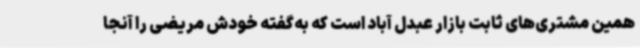
همین مشتری‌های ثابت بازار عبدل آباد است که به‌گفته خودش مریضی را آنجا